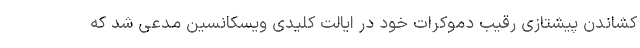
کشاندن پیشتازی رقیب دموکرات خود در ایالت کلیدی ویسکانسین مدعی شد که